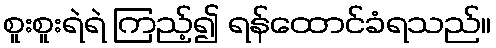
စူးစူးရဲရဲ ကြည့်၍ ရန်ထောင်ခံရသည်။